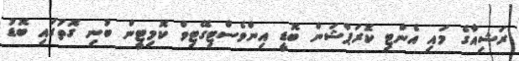
ރަޝިއާގެ މައި އެންޓި ކޮރަޕްޝަން ބޮޑީ އިންވެސްޓިގޭޓިވް ކޮމިޓީން ބުނި ގޮތުގައި ބޮޑު